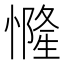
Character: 㦕